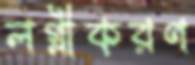
লগ্নীকরণ